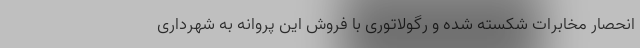
انحصار مخابرات شکسته شده و رگولاتوری با فروش این پروانه به شهرداری